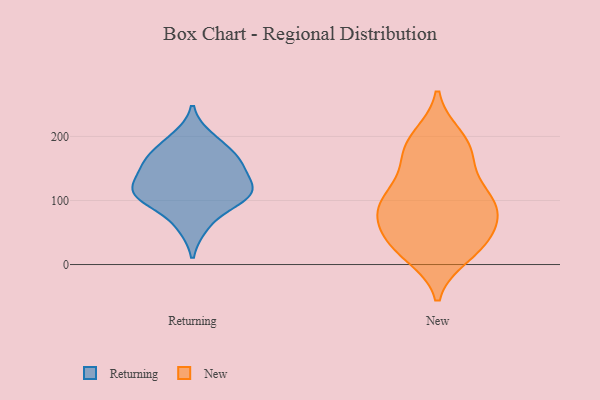
{"axis": {"x": "Production Output", "y": "Value"}, "legend": ["New", "Returning"], "data": [{"x": "", "y": 109, "type": "Returning"}, {"x": "", "y": 118, "type": "Returning"}, {"x": "", "y": 198, "type": "Returning"}, {"x": "", "y": 97, "type": "Returning"}, {"x": "", "y": 164, "type": "Returning"}, {"x": "", "y": 151, "type": "Returning"}, {"x": "", "y": 60, "type": "Returning"}, {"x": "", "y": 113, "type": "Returning"}, {"x": "", "y": 114, "type": "Returning"}, {"x": "", "y": 177, "type": "Returning"}, {"x": "", "y": 150, "type": "Returning"}, {"x": "", "y": 86, "type": "New"}, {"x": "", "y": 96, "type": "New"}, {"x": "", "y": 34, "type": "New"}, {"x": "", "y": 200, "type": "New"}, {"x": "", "y": 14, "type": "New"}, {"x": "", "y": 54, "type": "New"}, {"x": "", "y": 173, "type": "New"}, {"x": "", "y": 108, "type": "New"}, {"x": "", "y": 83, "type": "New"}, {"x": "", "y": 42, "type": "New"}, {"x": "", "y": 133, "type": "New"}, {"x": "", "y": 112, "type": "New"}, {"x": "", "y": 89, "type": "New"}, {"x": "", "y": 170, "type": "New"}, {"x": "", "y": 88, "type": "New"}, {"x": "", "y": 22, "type": "New"}, {"x": "", "y": 174, "type": "New"}, {"x": "", "y": 58, "type": "New"}, {"x": "", "y": 20, "type": "New"}, {"x": "", "y": 198, "type": "New"}]}